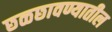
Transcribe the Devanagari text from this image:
छळछावण्यातील